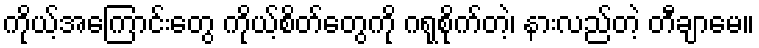
ကိုယ့်အကြောင်းတွေ ကိုယ့်စိတ်တွေကို ဂရုစိုက်တဲ့၊ နားလည်တဲ့ တီချာမေ။